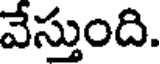
వేస్తుంది.